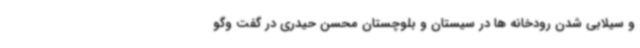
و سیلابی شدن رودخانه ها در سیستان و بلوچستان محسن حیدری در گفت وگو